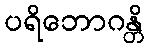
ပရိဘောဂန္တိ